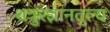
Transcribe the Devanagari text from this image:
शत्रुरज्ञानतुल्य